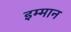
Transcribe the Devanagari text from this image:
इम्मान